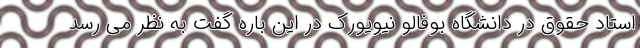
استاد حقوق در دانشگاه بوفالو نیویورک در این باره گفت به نظر می رسد